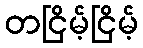
တငြိမ့်ငြိမ့်